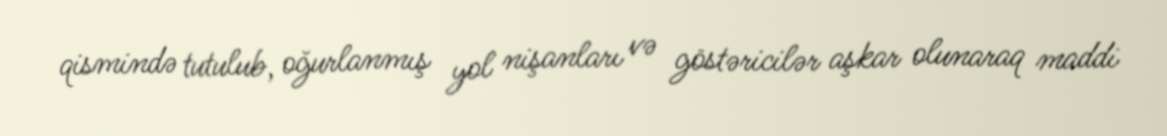
qismində tutulub, oğurlanmış yol nişanları və göstəricilər aşkar olunaraq maddi